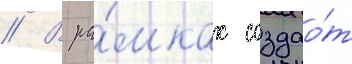
// В ра́мках создао́т